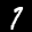
Label: 7